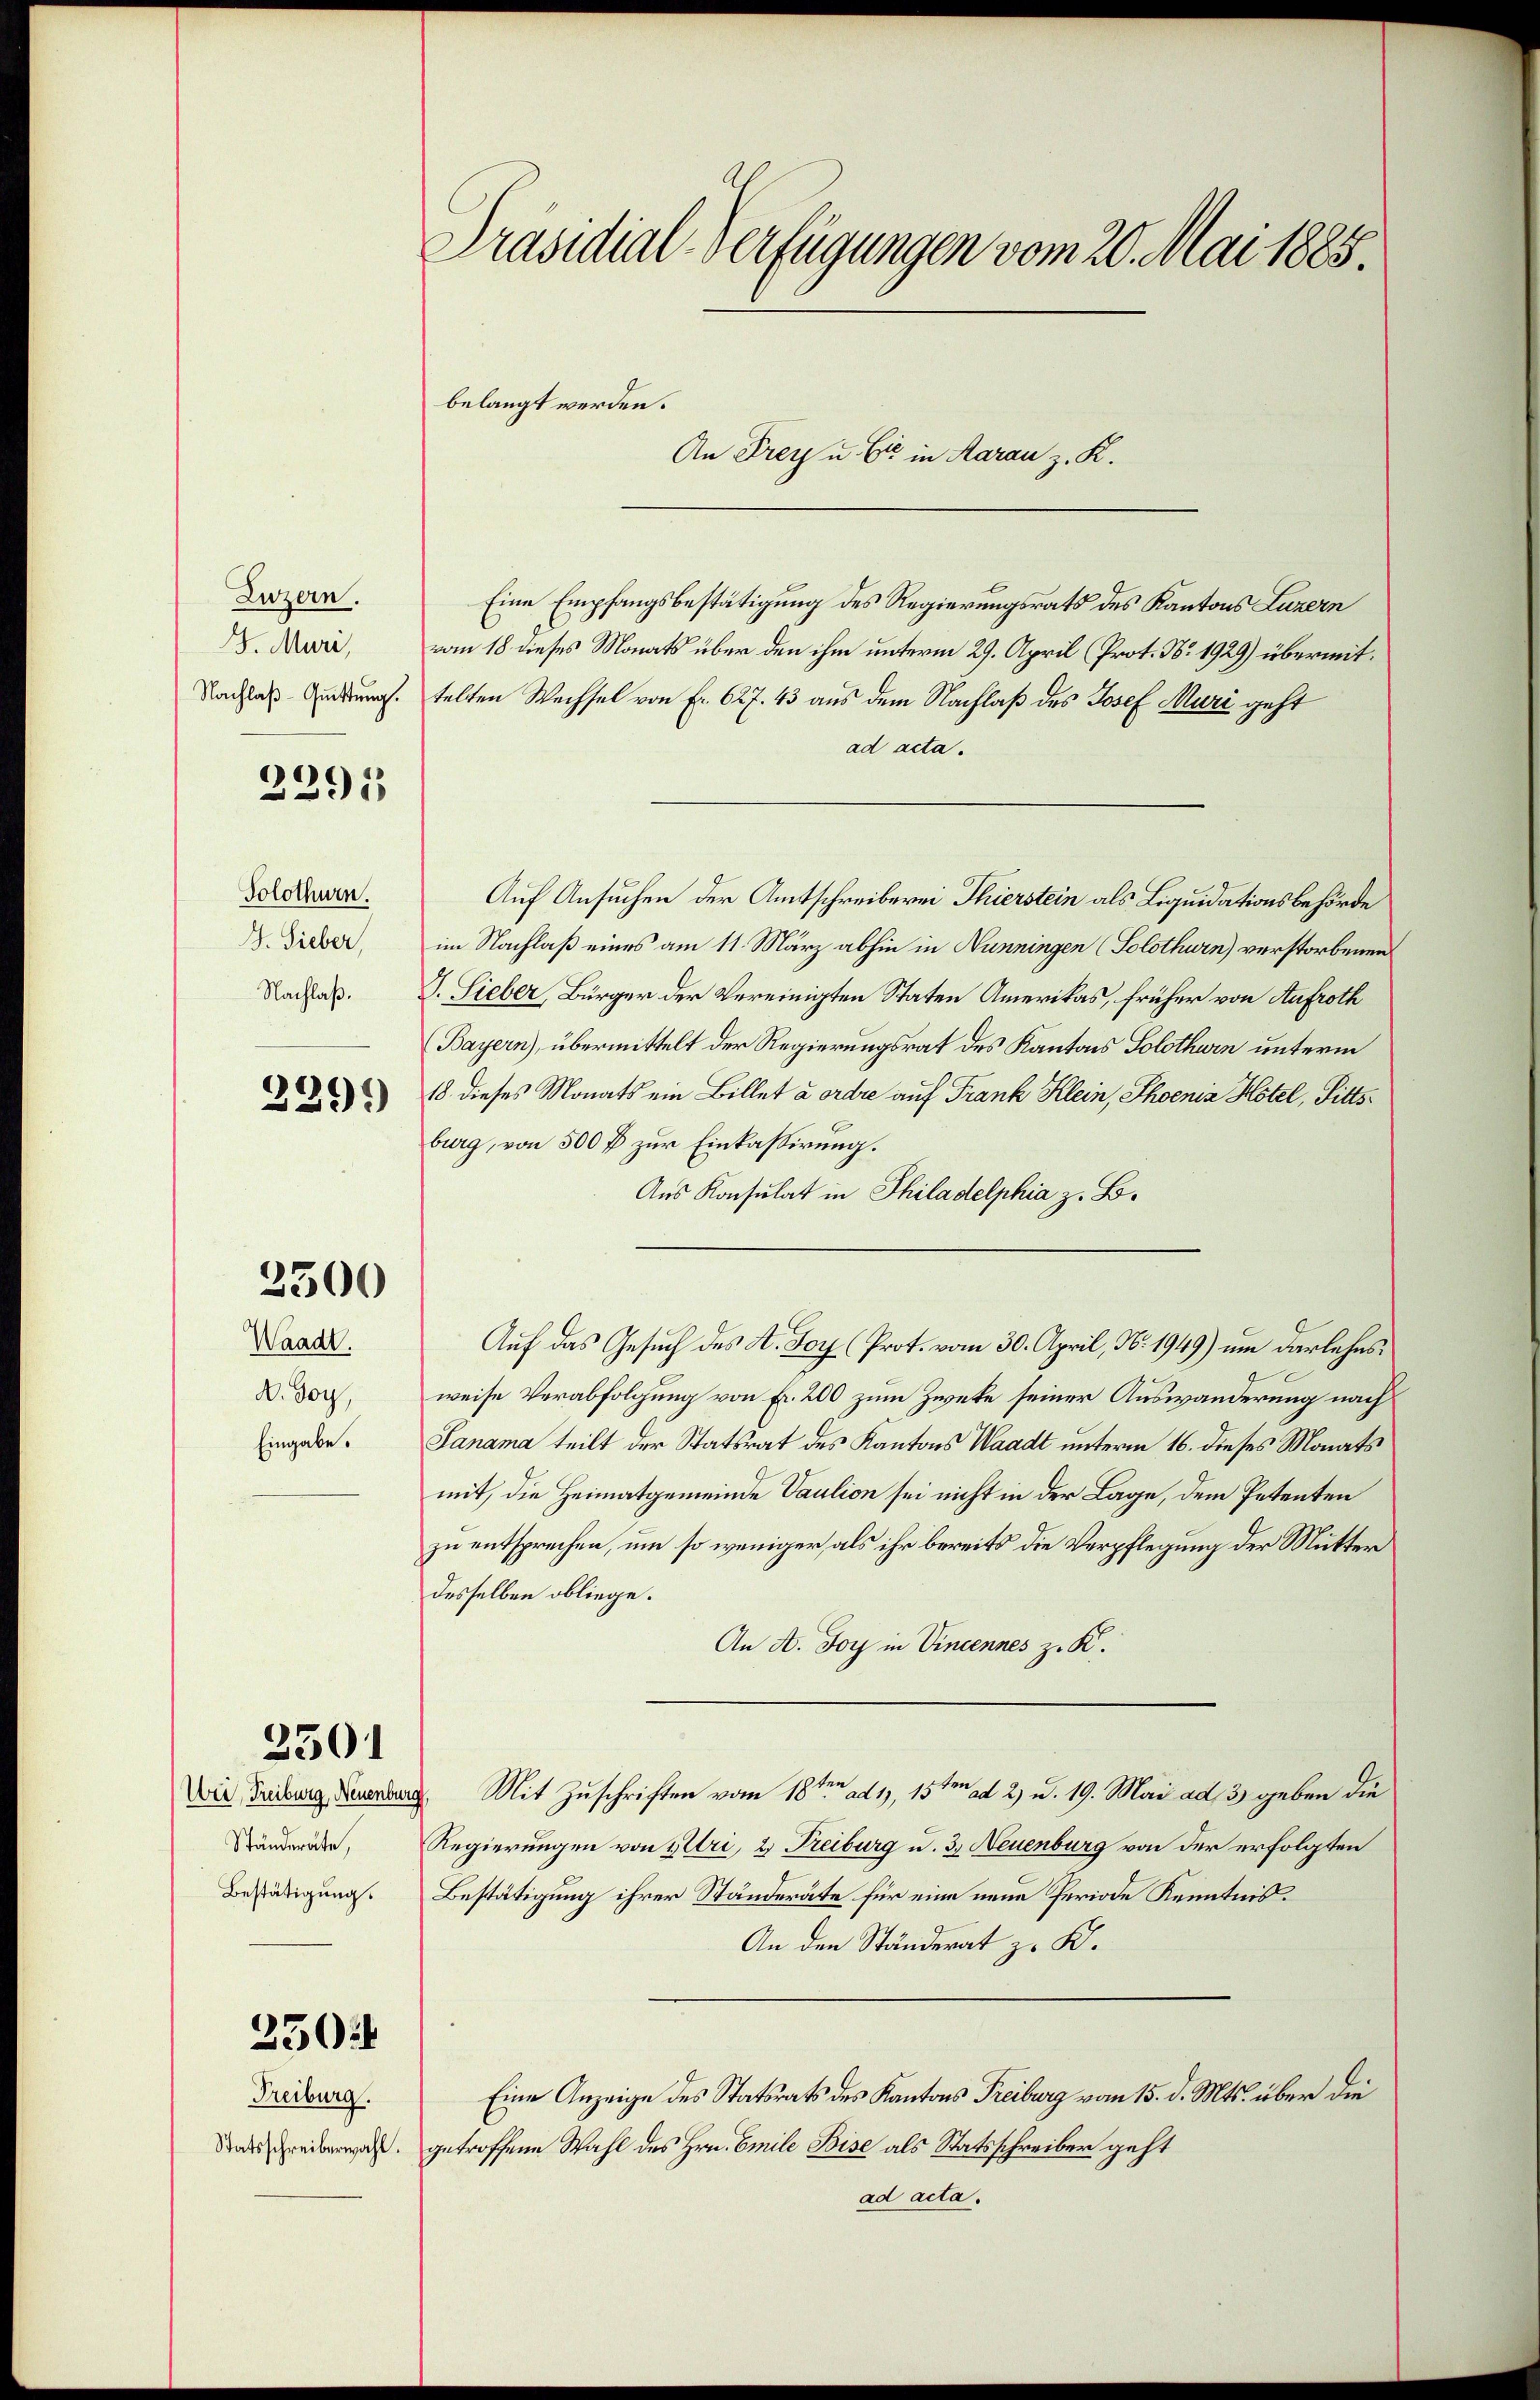
Luzern.
G. Muri,
Nachlaß-Quittung.

2291

Solothurn.
J. Sieber,
Nachlaß.

2291)

3300

Waadt.
A. Boy,
Eingabe.

2501

Ständeräte,
Bestätigung.

3504

Freiburg.

Präsidial-Verfügungen vom 20. Mai 1885.

Eine Empfangsbestätigung des Regierungsrats des Kantons Luzern
vom 18. dieses Monats über den ihm unterm 29. April (Prot. No 1929) übermittelten Wechsel von Fr. 627. 43 aus dem Nachlaß des Josef Muri geht
ad acta.
Auf Ansuchen der Amtschreiberei Thierstein als Liquidationsbehörde
im Nachlaß eines am 11. März abhin in Nunningen (Solothurn) verstorbenen
G. Sieber, Bürger der Vereinigten Staten Amerikas, früher von Aufroth
Bayern), übermittelt der Regierungsrat des Kantons Solothurn unterm
18 dieses Monats ein Billet a ordre auf Frank Klein, Thoenia Hotel, Fittsburg, von 500 f zur Einkassirung.
Aus Konsulat in Philadelphia z. B.
Auf das Gesuch des A. Boy (Prot. vom 30. April, N. 1949) um darlehnsweise Verabfolgung von Fr. 200 zum Zweke seiner Auswanderung nach
Panama teilt der Statsrat des Kantons Waadt unterm 16. dieses Monats
mit, die Heimatgemeinde Vaution sei nicht in der Lage, dem Petenten
zu entsprechen, um so weniger als ihr bereits die Verpflegung der Mutter
desselben obliege.
An A. Foy in Vincennes z. K.
Wir Treiburg Neuenburg. Mit Zuschriften vom 18ten ad 1, 15 ten ad 2) u. 19. Mai ad 3 geben die
Regierungen von Uri, 2) Freiburg u. 3. Neuenburg von der erfolgten
Bestätigung ihrer Ständeräte für eine neue Periode Kenntnis.
An den Ständerat z. K.
Eine Anzeige des Statsrats des Kantons Freiburg vom 15. d. Mts. über die
Sasschreiberwahl. getroffene Wahl des Hrn. Emile Bise als Statsschreiber geht
ad acta.

An Frey u. Er in Aarau z. K.

belangt werden.